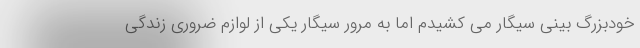
خودبزرگ بینی سیگار می کشیدم اما به مرور سیگار یکی از لوازم ضروری زندگی